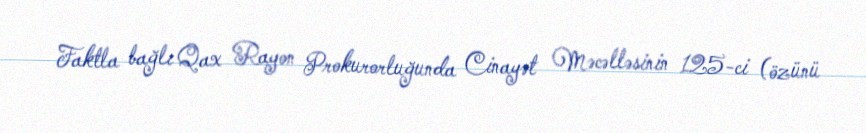
Faktla bağlı Qax Rayon Prokurorluğunda Cinayət Məcəlləsinin 125-ci (özünü